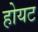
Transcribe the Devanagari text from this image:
होयट